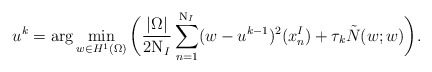
\begin{align*}u^k=\arg\min_{w\in H^1(\Omega)} \bigg(\frac{|\Omega|}{2\mathrm{N}_I}\sum_{n=1}^{\mathrm{N}_I} (w-u^{k-1})^2(x_n^I)+ \tau_k \tilde{N}(w;w)\bigg).\end{align*}